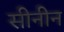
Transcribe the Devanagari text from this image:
सीनीन